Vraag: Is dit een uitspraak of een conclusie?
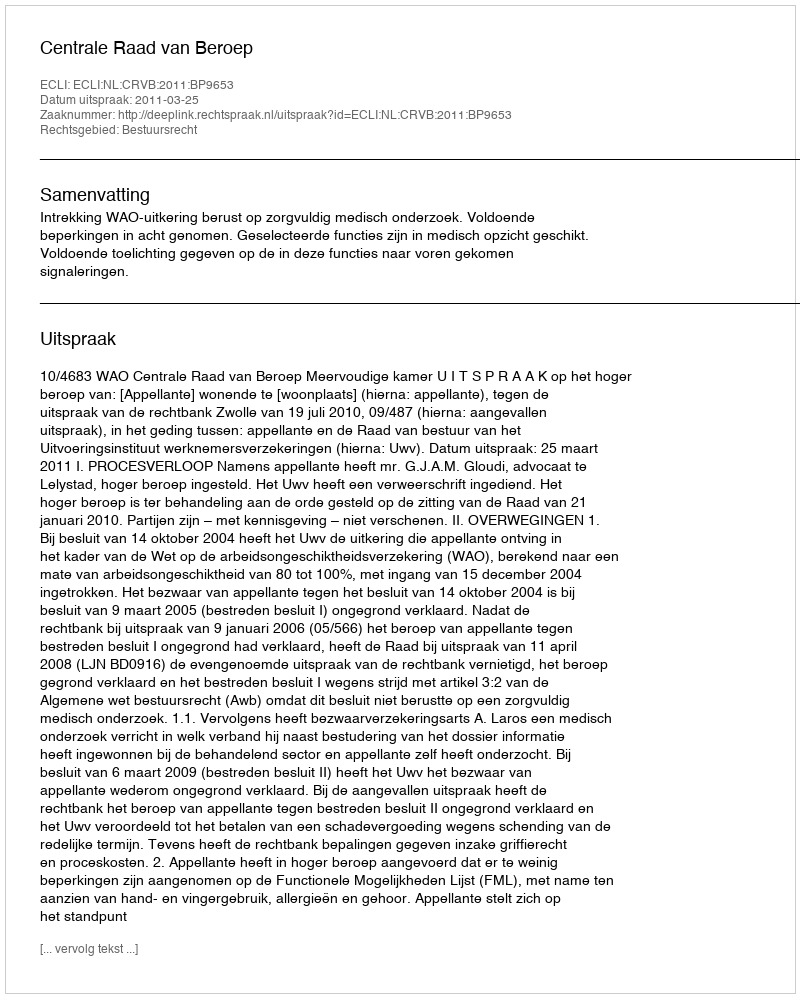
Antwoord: Uitspraak